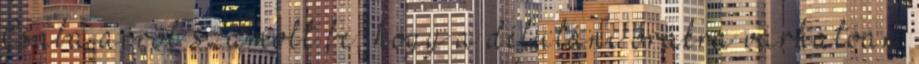
Csaba arról számolt be, hogy a délutáni órákra várhatóan